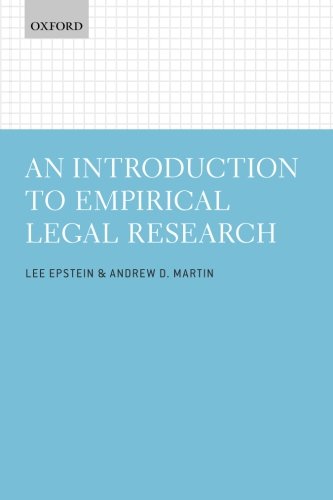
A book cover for An Introduction to Empirical Legal Research; Lee Epstein; Law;